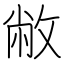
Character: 敝